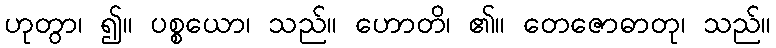
ဟုတွာ၊ ၍။ ပစ္စယော၊ သည်။ ဟောတိ၊ ၏။ တေဇောဓာတု၊ သည်။